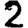
Digit: 2